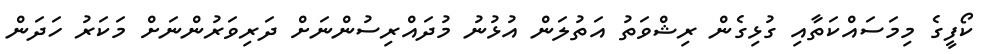
ކޯފީގެ މިމަސައްކަތާއި ގުޅިގެން ރިޝްވަތު އަތުލަން އުޅުނު މުދައްރިސުންނަށް ދަރިވަރުންނަށް މަކަރު ހަދަން